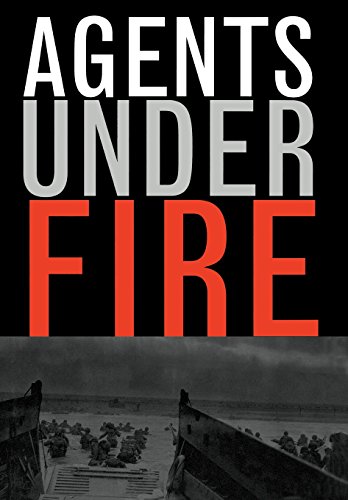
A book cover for Agents Under Fire: Materialism and the Rationality of Science; Angus Menuge; Christian Books & Bibles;